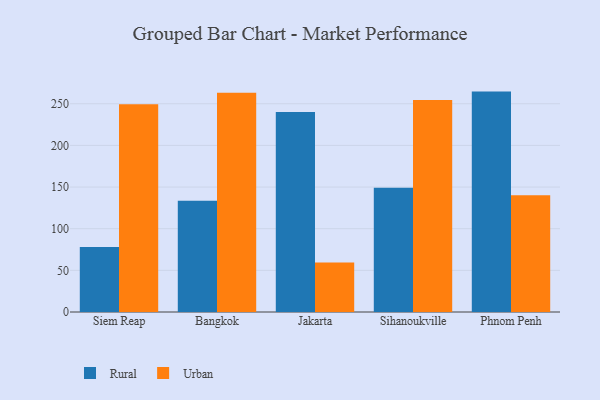
{"axis": {"x": "City", "y": "Conversion Rate (%)"}, "legend": ["Rural", "Urban"], "data": [{"x": "Siem Reap", "y": 77.9, "type": "Rural"}, {"x": "Siem Reap", "y": 249.5, "type": "Urban"}, {"x": "Bangkok", "y": 133.7, "type": "Rural"}, {"x": "Bangkok", "y": 263.3, "type": "Urban"}, {"x": "Jakarta", "y": 240.1, "type": "Rural"}, {"x": "Jakarta", "y": 59.3, "type": "Urban"}, {"x": "Sihanoukville", "y": 149.1, "type": "Rural"}, {"x": "Sihanoukville", "y": 254.4, "type": "Urban"}, {"x": "Phnom Penh", "y": 264.6, "type": "Rural"}, {"x": "Phnom Penh", "y": 140.2, "type": "Urban"}]}